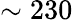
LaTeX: \sim 230